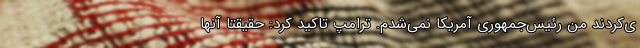
ی‌کردند من رئیس‌جمهوری آمریکا نمی‌شدم. ترامپ تاکید کرد: حقیقتا آنها